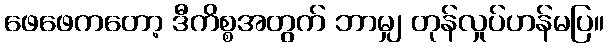
ဖေဖေကတော့ ဒီကိစ္စအတွက် ဘာမျှ တုန်လှုပ်ဟန်မပြ။